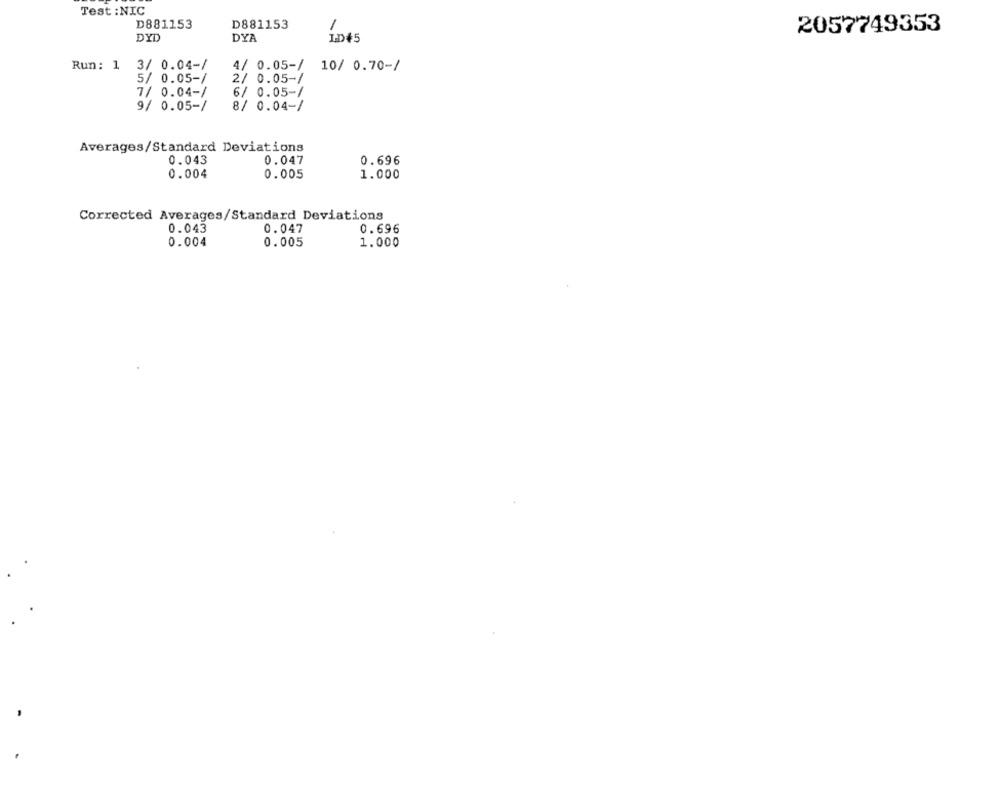
Test : NIC
D881153
D881153
1
2057749353
DYD
DYA
LD45
Run: 1
3/ 0.04-/
4/ 0.05-/
10/ 0.70-/
5/ 0.05-/
2/ 0.05-/
7/ 0.04-/
6/ 0.05-/
9/ 0.05-/
8/ 0.04-/
Averages/Standard Deviations
0.043
0.047
0.696
0.004
0.005
1.000
Corrected Averages/Standard Deviations
0.043
0.047
0.696
0.004
0.005
1.000